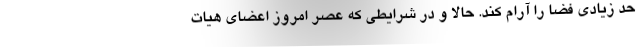
حد زیادی فضا را آرام کند. حالا و در شرایطی که عصر امروز اعضای هیات